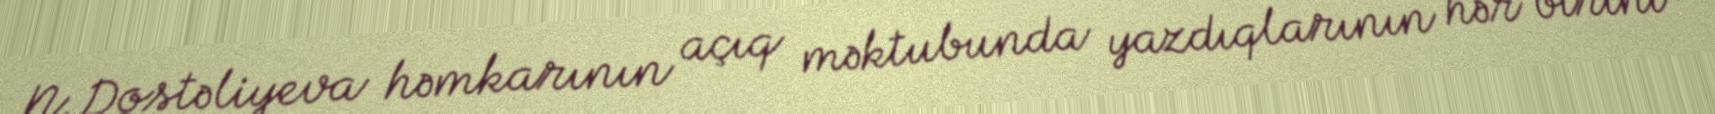
N.Dostəliyeva həmkarının açıq məktubunda yazdıqlarının hər birini